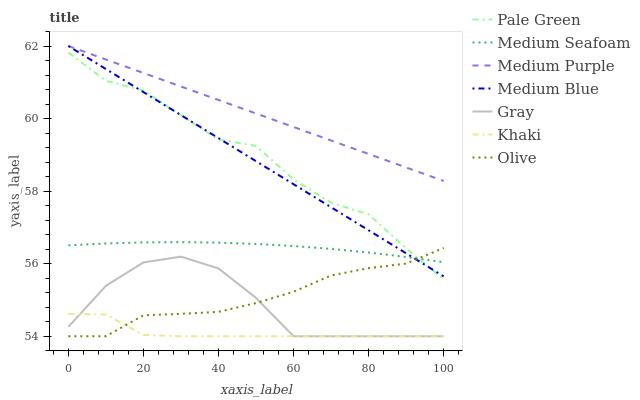
| xaxis_label | Pale Green | Medium Seafoam | Medium Purple | Medium Blue | Gray | Khaki | Olive |
 | --- | --- | --- | --- | --- | --- | --- | --- |
 | 0 | 61.8 | 56.5 | 62 | 62 | 54.3 | 54.6 | 54 |
 | 10 | 61 | 56.6 | 61.6 | 61.4 | 55.4 | 54.6 | 54 |
 | 20 | 60.8 | 56.6 | 61.3 | 60.7 | 56 | 54 | 54.6 |
 | 30 | 60.1 | 56.6 | 60.9 | 60.1 | 56.2 | 54 | 54.6 |
 | 40 | 59.4 | 56.6 | 60.5 | 59.5 | 55.9 | 54 | 54.7 |
 | 50 | 59.2 | 56.5 | 60.1 | 58.8 | 55.1 | 54 | 54.9 |
 | 60 | 58.3 | 56.5 | 59.8 | 58.2 | 54 | 54 | 55.2 |
 | 70 | 57.7 | 56.4 | 59.4 | 57.6 | 54 | 54 | 55.7 |
 | 80 | 57.4 | 56.3 | 59 | 56.9 | 54 | 54 | 55.9 |
 | 90 | 56.4 | 56.2 | 58.7 | 56.3 | 54 | 54 | 56 |
 | 100 | 55.6 | 56 | 58.3 | 55.7 | 54 | 54 | 56.4 |